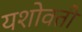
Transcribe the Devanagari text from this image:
यशोवती